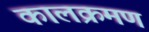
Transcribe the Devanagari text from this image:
कालक्रमण